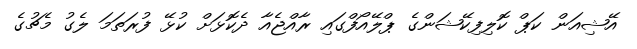
އޭޝިއަން ކަޕް ކޮލިފިކޭޝަންގެ ޕްލޭއޯފްގައި ރާއްޖެއާ ދެކޮޅަށް ކުޅޭ ފުރަތަމަ ލެގު މެޗުގެ